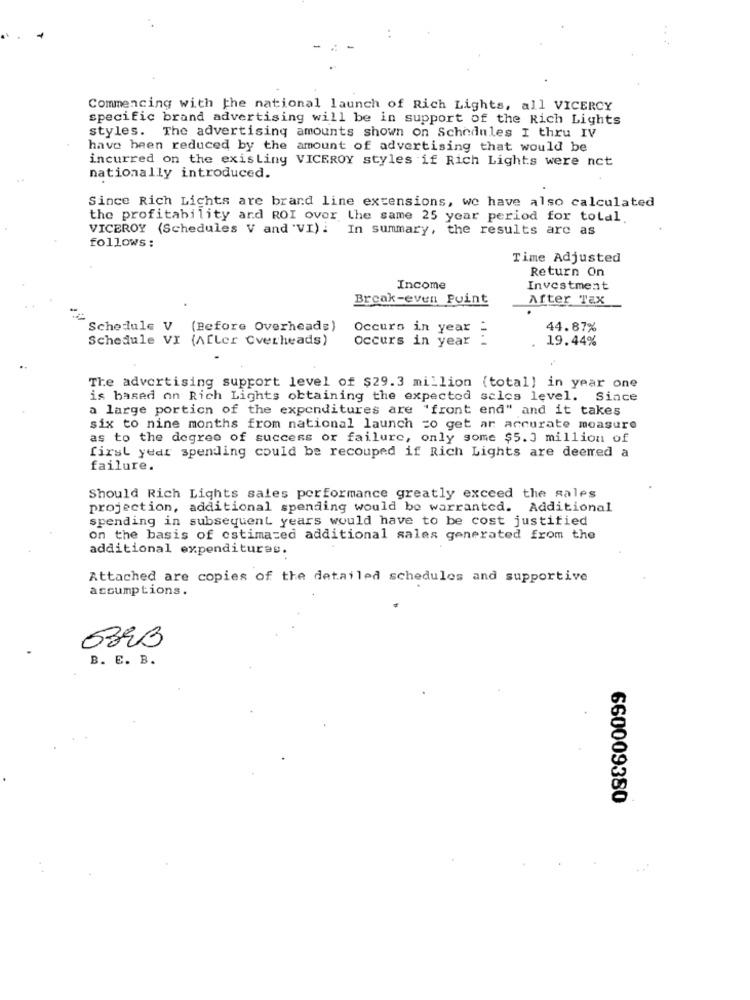
Commencing with the national launch of Rich Lights, all VICERCY
specific brand advertising will be in support of the Rich Lights
styles. The advertising amounts shown on Schedules I thru IV
have been reduced by the amount of advertising that would be
incurred on the existing VICEROY styles if Rich Lights were not
nationally introduced.
Since Rich Lichts are brand line extensions, we have also calculated
the profitability and ROI over the same 25 year period for total.
VICEROY (Schedules V and 'VI) : In summary, the results are as
follows:
Time Adjusted
Return On
Income
Investment
Break-even Point
After Tax
Schedule V (Before Overheads)
Occurs
in year _
44.87%
Schedule VI (A[Ler Overheads)
Occurs in year :
19.44%
The advertising support level of $29.3 million (total] in year one
is based on Rich Lights obtaining the expected sales level. Since
a large portion of the expenditures are 'front end" and it takes
six to nine months from national launch =o get ar accurate measure
as to the degree of success or failure, only some $5.3 million of
first year spending could be recouped if Rich Lights are deerred a
failure.
Should Rich Lights sales performance greatly exceed the sales
projection, additional spending would be warranted. Additional
spending in subsequent years would have to be cost justified
on the basis of estimated additional sales generated from the
additional expenditures.
Attached are copies of the detailed schedules and supportive
assumptions.
B. E. B.
660009380